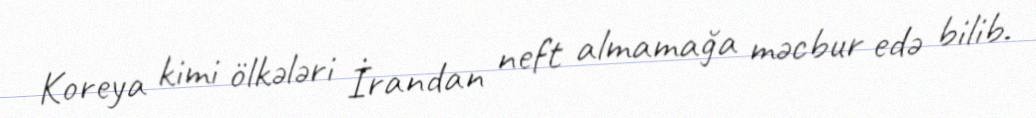
Koreya kimi ölkələri İrandan neft almamağa məcbur edə bilib.